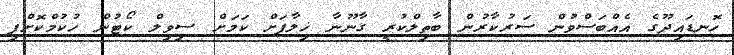
ހޮނޑައިދޫގެ އެއްބަސްވުން ސަރުކާރުން ބާތިލްކުރީ ގާނޫނާ ޚިލާފަށް ކަމަށް ސިވިލް ކޯޓުން ހުކުމްކޮށްފި